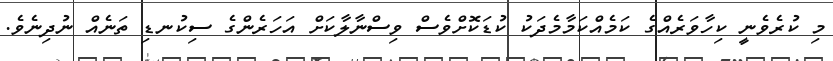
މި ކުރެވެނީ ކިހާވަރެއްގެ ކަމެއްކަމާމެދަކު ކުޑަކޮށްވެސް ވިސްނާލާކަށް އަހަރެންގެ ސިކުނޑި ތަނެއް ނުދިނެވެ.